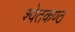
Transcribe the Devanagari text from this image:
श्वेतकण्ठ